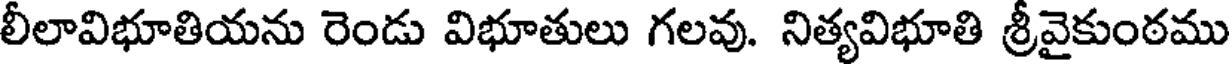
లీలావిభూతియను రెండు విభూతులు గలవు. నిత్యవిభూతి శ్రీవైకుంఠము